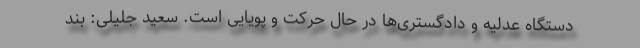
دستگاه عدلیه و دادگستری‌ها در حال حرکت و پویایی است. سعید جلیلی: بند